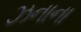
ઝનાના